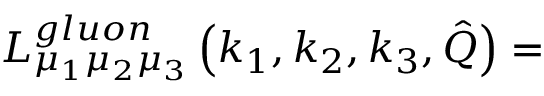
{ \cal L } _ { \mu _ { 1 } \mu _ { 2 } \mu _ { 3 } } ^ { g l u o n } \left( k _ { 1 } , k _ { 2 } , k _ { 3 } , \hat { Q } \right) =